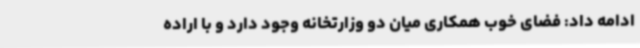
ادامه داد: فضای خوب همکاری میان دو وزارتخانه وجود دارد و با اراده